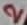
Text: 2